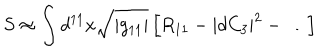
S \approx \int d ^ { 1 1 } x \sqrt { | g _ { 1 1 } | } \left[ R _ { 1 1 } - | d C _ { 3 } | ^ { 2 } - \ldots \right]